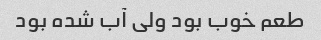
طعم خوب بود ولی آب شده بود